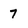
Character: 7